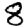
Digit: 8